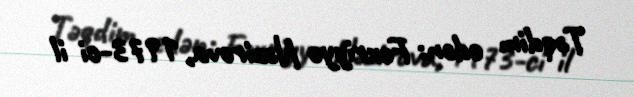
Təqdim edən: Fəxriyyə Nəzirova, 1973-ci il